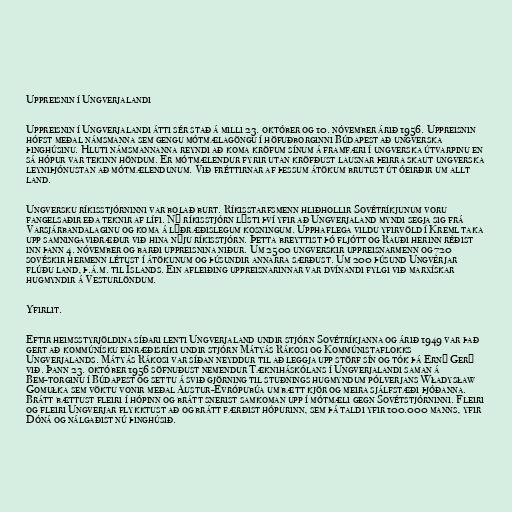
Uppreisnin í Ungverjalandi

Uppreisnin í Ungverjalandi átti sér stað á milli 23. október og 10. nóvember árið 1956. Uppreisnin
hófst meðal námsmanna sem gengu mótmælagöngu í höfuðborginni Búdapest að ungverska
þinghúsinu. Hluti námsmannanna reyndi að koma kröfum sínum á framfæri í ungverska útvarpinu en
sá hópur var tekinn höndum. Er mótmælendur fyrir utan kröfðust lausnar þeirra skaut ungverska
leyniþjónustan að mótmælendunum. Við fréttirnar af þessum átökum brutust út óeirðir um allt
land.

Ungversku ríkisstjórninni var bolað burt. Ríkisstarfsmenn hliðhollir Sovétríkjunum voru
fangelsaðir eða teknir af lífi. Ný ríkisstjórn lýsti því yfir að Ungverjaland myndi segja sig frá
Varsjárbandalaginu og koma á lýðræðislegum kosningum. Upphaflega vildu yfirvöld í Kreml taka
upp samningaviðræður við hina nýju ríkisstjórn. Þetta breyttist þó fljótt og Rauði herinn réðist
inn þann 4. nóvember og barði uppreisnina niður. Um 2500 ungverskir uppreisnarmenn og 720
sovéskir hermenn létust í átökunum og þúsundir annarra særðust. Um 200 þúsund Ungverjar
flúðu land, þ.á.m. til Íslands. Ein afleiðing uppreisnarinnar var dvínandi fylgi við marxískar
hugmyndir á Vesturlöndum.

Yfirlit.

Eftir heimsstyrjöldina síðari lenti Ungverjaland undir stjórn Sovétríkjanna og árið 1949 var það
gert að kommúnísku einræðisríki undir stjórn Mátyás Rákosi og Kommúnistaflokks
Ungverjalands. Mátyás Rákosi var síðan neyddur til að leggja upp störf sín og tók þá Ernő Gerő
við. Þann 23. október 1956 söfnuðust nemendur Tækniháskólans í Ungverjalandi saman á
Bem-torginu í Búdapest og settu á svið gjörning til stuðnings hugmyndum pólverjans Władysław
Gomułka sem vöktu vonir meðal Austur-Evrópubúa um bætt kjör og meira sjálfstæði þjóðanna.
Brátt bættust fleiri í hópinn og brátt snerist samkoman upp í mótmæli gegn Sovétstjórninni. Fleiri
og fleiri Ungverjar flykktust að og brátt færðist hópurinn, sem þá taldi yfir 100.000 manns, yfir
Dóná og nálgaðist nú þinghúsið.